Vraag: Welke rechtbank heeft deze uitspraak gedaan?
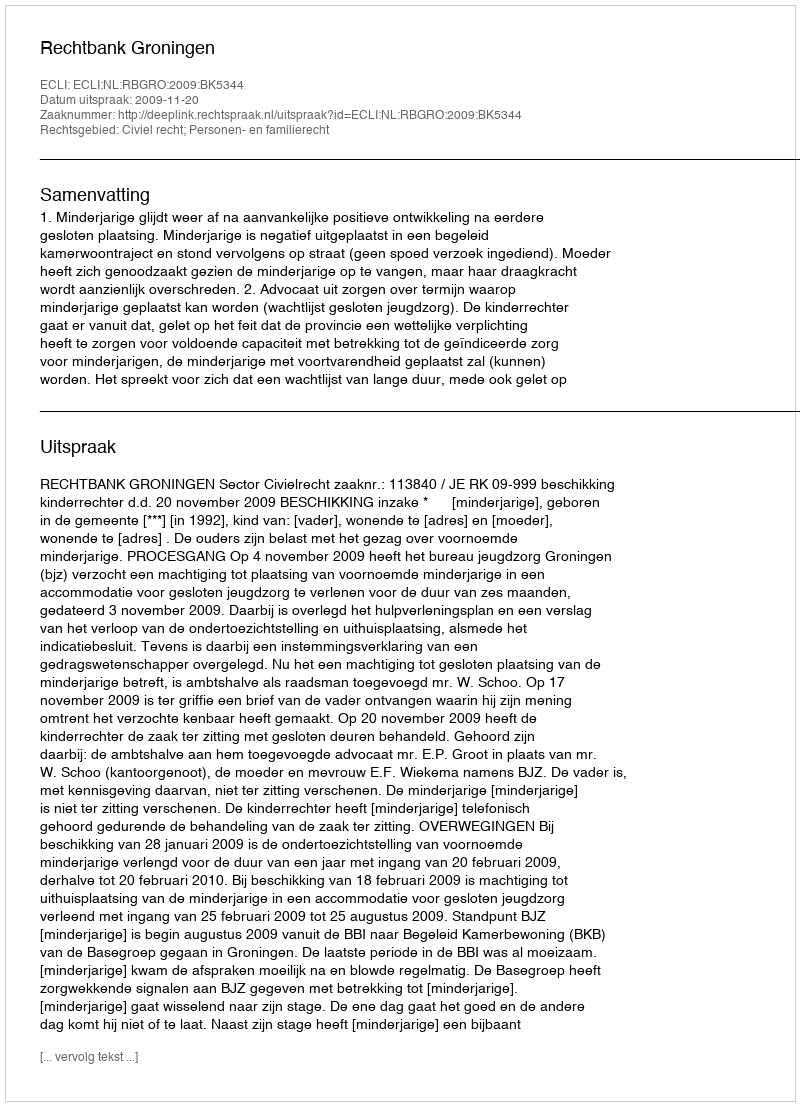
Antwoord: Rechtbank Groningen